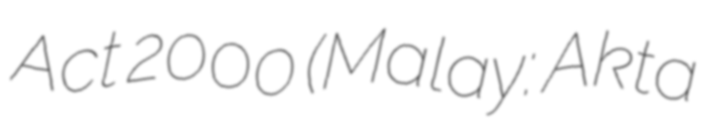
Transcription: Act 2000 (Malay: Akta